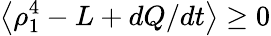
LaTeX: \left\langle\rho_{1}^{4}-L+dQ/dt\right\rangle\geq 0